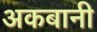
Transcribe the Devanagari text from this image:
अकबानी